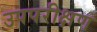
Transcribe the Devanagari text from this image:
उपपरीक्षण